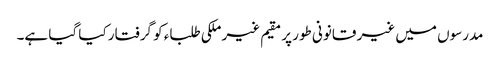
مدرسوں میں غیر قانونی طور پر مقیم غیر ملکی طلباء کو گرفتار کیا گیا ہے۔